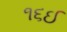
૧૬ઈ